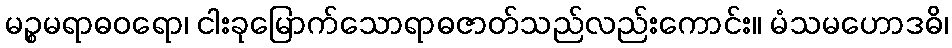
မဉ္စမရာဓဝရော၊ ငါးခုမြောက်သောရာဓဇာတ်သည်လည်းကောင်း။ မံသမဟောဒဓိ၊